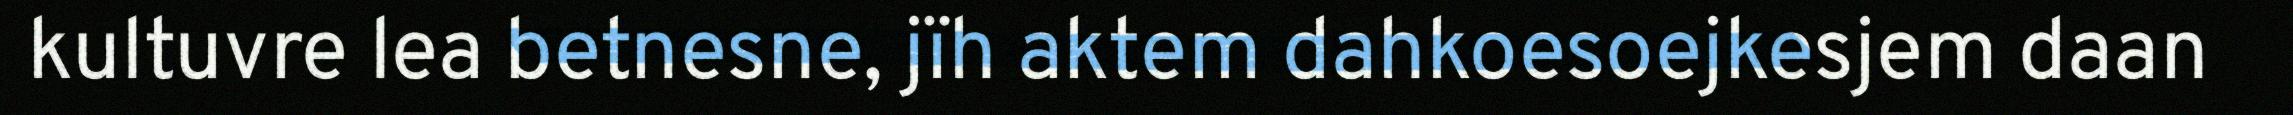
kultuvre lea betnesne, jïh aktem dahkoesoejkesjem daan